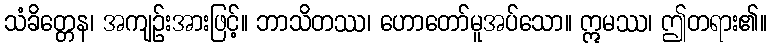
သံခိတ္တေန၊ အကျဉ်းအားဖြင့်။ ဘာသိတဿ၊ ဟောတော်မူအပ်သော။ ဣမဿ၊ ဤတရား၏။